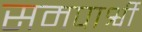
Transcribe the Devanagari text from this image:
समपार्श्वी